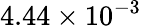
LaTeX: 4.44\times 10^{-3}